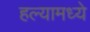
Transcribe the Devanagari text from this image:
हल्यामध्ये